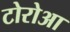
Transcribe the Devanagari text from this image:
टोरोआ